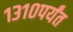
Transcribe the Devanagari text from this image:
१३१०पर्यंत